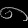
Digit: ၈